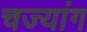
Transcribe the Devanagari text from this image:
चज्यांग